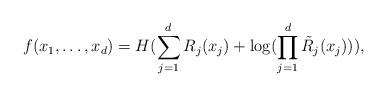
LaTeX: \begin{align*}f(x_1,\dots,x_d)=H(\sum_{j=1}^dR_j(x_j)+\log(\prod_{j=1}^d\tilde{R}_j(x_j))), \end{align*}